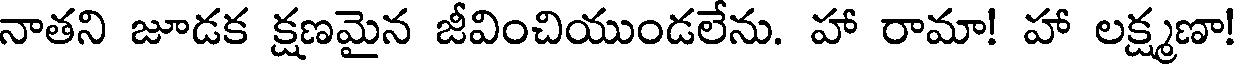
నాతని జూడక క్షణమైన జీవించియుండలేను. హా రామా! హా లక్ష్మణా!